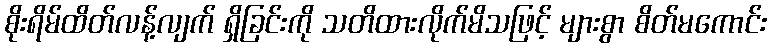
စိုးရိမ်ထိတ်လန့်လျက် ရှိခြင်းကို သတိထားလိုက်မိသဖြင့် များစွာ စိတ်မကောင်း